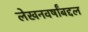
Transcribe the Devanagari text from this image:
लेखनवर्षांबद्दल